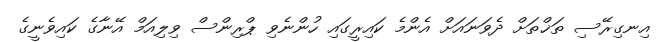
އިނގިރޭސި ތަޚްތަށް ދެވަނައަށް އެންމެ ކައިރީގައި ހުންނެވި ޕްރިންސް ވިލިއަމް އޭނާގެ ކައިވެނީގެ